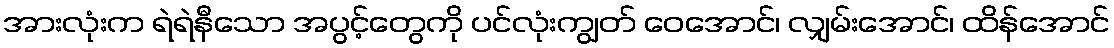
အားလုံးက ရဲရဲနီသော အပွင့်တွေကို ပင်လုံးကျွတ် ဝေအောင်၊ လျှမ်းအောင်၊ ထိန်အောင်